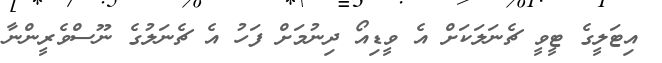
އިޓަލީގެ ޓީވީ ޗެނަލަކަށް އެ ވީޑިއޯ ދިނުމަށް ފަހު އެ ޗެނަލުގެ ނޫސްވެރީންނާ